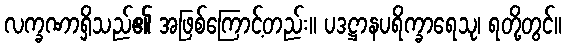
လက္ခဏာရှိသည်၏ အဖြစ်ကြောင့်တည်း။ ပဒဋ္ဌာနပရိက္ခာရေသု၊ ရတို့တွင်။